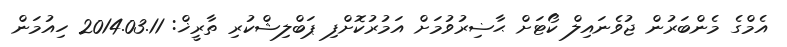
އެމްގެ މެންބަރުން ޖުވެނައިލް ކޯޓަށް ޙާޟިރުވުމަށް އަމުރުކޮށްފި ޕަބްލިޝްކުރި ތާރީޚް: 2014.03.11 ހިއުމަން